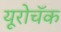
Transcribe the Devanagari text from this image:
यूरोचॅक